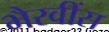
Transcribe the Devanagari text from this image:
भैरवींस